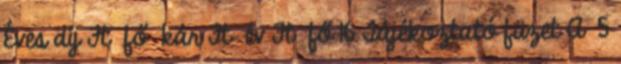
Éves díj Ft fő kár Ft év Ft fő 16 Tájékoztató füzet A 5